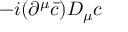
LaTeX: - i ( \partial ^ { \mu } { \bar { c } } ) D _ { \mu } c